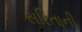
સરિતાની